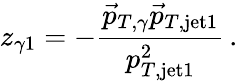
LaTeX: z_{\gamma 1}=-\frac{\vec{p}_{T,\gamma}\vec{p}_{T,\mathrm{jet}1}}{p_{T,\mathrm{jet}1}^{2}}\, .